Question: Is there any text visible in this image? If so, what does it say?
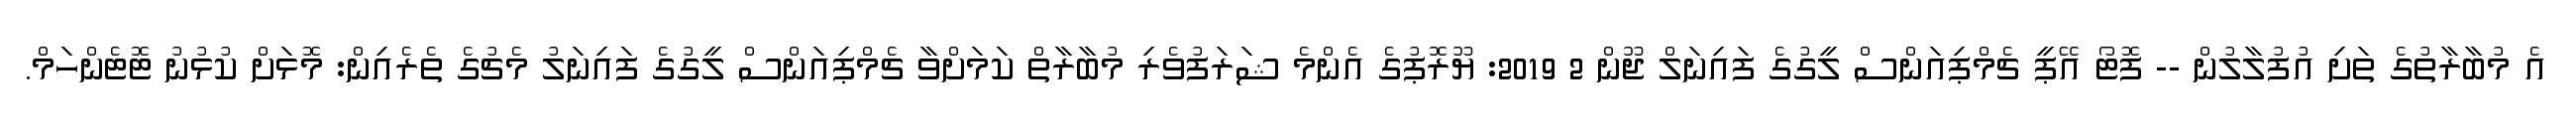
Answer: އެ މުބާރާތުގެ ތަށި އުފުލާލުން -- ފޮޓޯ އޭޕީ ޗެމްޕިއަންސް ލީގުގެ ފައިނަލް ޖޫން 2 2019: ޔޫރޮޕުގެ އެންމެ ޝަރަފުވެރި މުބާރާތް ކަމަށްވާ ޗެމްޕިއަންސް ލީގުގެ ފައިނަލު މެޗުގެ ތެރެއިން: މޮޅަށް ކުޅުނު ޓޮޓެންހަމް.